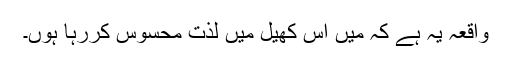
واقعہ یہ ہے کہ میں اس کھیل میں لذت محسوس کررہا ہوں۔